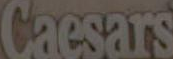
Caesars